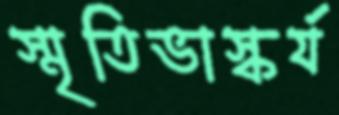
স্মৃতিভাস্কর্য